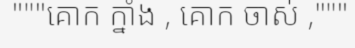
"""គោក ក្នាំង , គោក ចាស់ ,"""